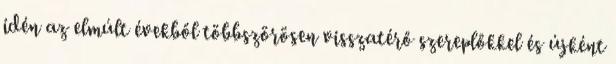
idén az elmúlt évekből többszörösen visszatérő szereplőkkel és újként